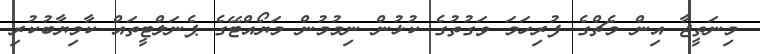
މިނަތީޖާ އިން މެޗްގެ ފުރިހަމަ ވަގުތުގެ ކުޅުން ނިމުމުން މަޔޯއްޓޭގެ ޕެނަލްޓީތައް ކާމިޔާބުކުރި